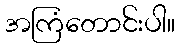
အကြံတောင်းပါ။